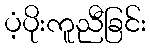
ပံ့ပိုးကူညီခြင်း